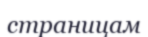
страницам